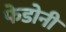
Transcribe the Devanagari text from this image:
फेडोनी